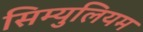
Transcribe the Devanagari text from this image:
सिम्युलियम